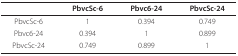
|  | PbvcSc-6 | Pbvc6-24 | PbvcSc-24 |
 | --- | --- | --- | --- |
 | PbvcSc-6 | 1 | 0.394 | 0.749 |
 | Pbvc6-24 | 0.394 | 1 | 0.899 |
 | PbvcSc-24 | 0.749 | 0.899 | 1 |